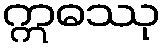
ဣဓဿု